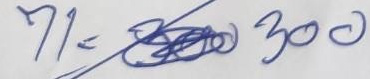
71 = 300